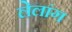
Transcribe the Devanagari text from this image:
लेलांग